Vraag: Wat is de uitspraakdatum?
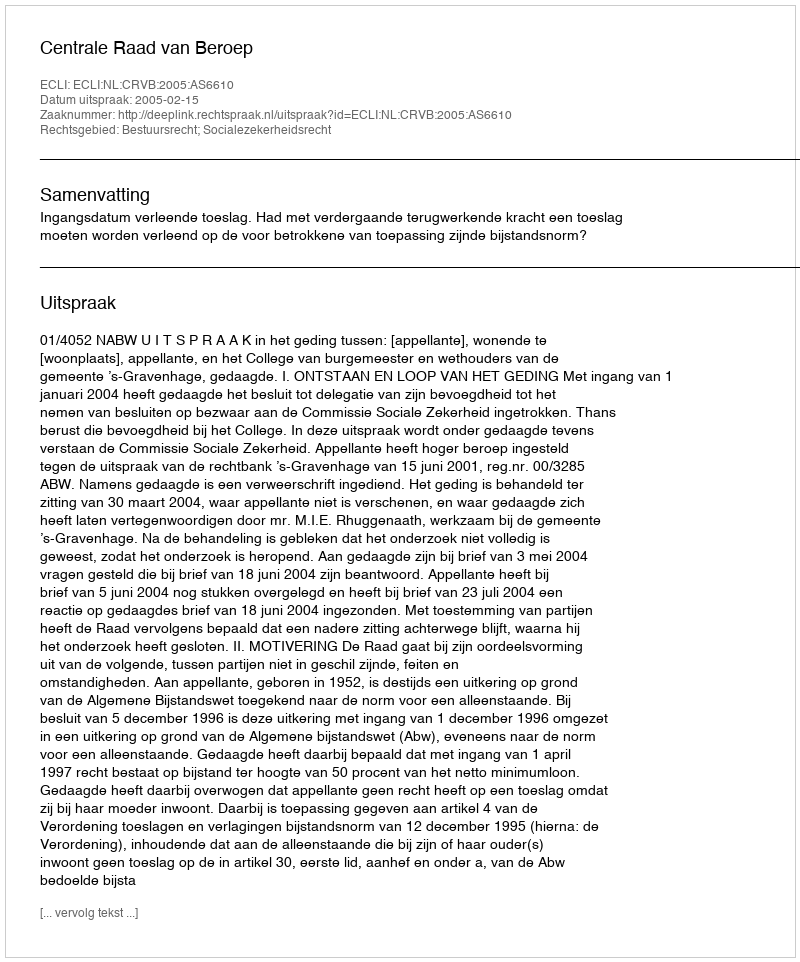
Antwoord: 2005-02-15